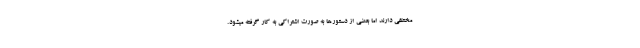
مختلفی دارند اما بعضی از دستورها به صورت اشتراکی به کار گرفته میشود.